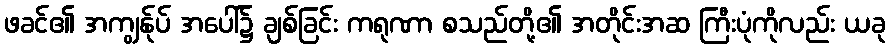
ဖခင်၏ အကျွန်ုပ် အပေါ်၌ ချစ်ခြင်း ကရုဏာ စသည်တို့၏ အတိုင်းအဆ ကြီးပုံကိုလည်း ယခု